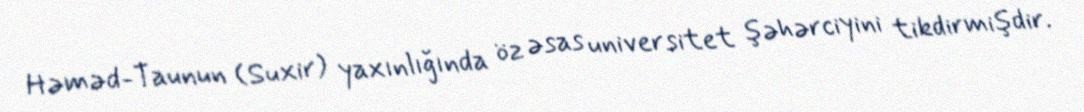
Həməd-Taunun (Suxir) yaxınlığında öz əsas universitet şəhərciyini tikdirmişdir.